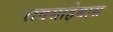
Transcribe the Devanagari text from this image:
रावसाहेबास